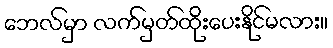
ဘေလ်မှာ လက်မှတ်ထိုးပေးနိုင်မလား။